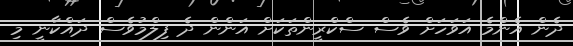
ދެން އެންމެ އަވަހަށް ވެސް ސްކްރީންތަކަށް އަންން ދެ ފިލްމުވެސް ދައްކާނީ މި